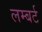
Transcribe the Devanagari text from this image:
लम्बर्ट